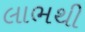
લાભથી